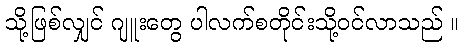
သို့ဖြစ်လျှင် ဂျူးတွေ ပါလက်စတိုင်းသို့ဝင်လာသည် ။